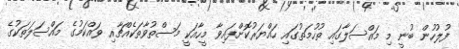
ފުލުހުން ބުނީ މި މައްސަލާގައި ތުހުމަތުގައި ހައްޔަރުކޮށްފައިވާ މީހާއަކީ މަސްތުވާތަކެއްޗާއި ވައްކަމުގެ މައްސަލަތަކުގެ